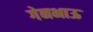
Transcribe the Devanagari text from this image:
गेनभाऊ